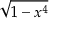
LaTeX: \sqrt { 1 - x ^ { 4 } }